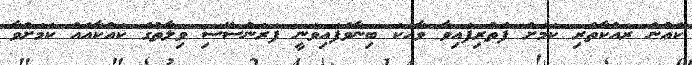
ކެއުން ރައްކާތެރި ކަމަށް ފެތުރިފައިވާ ވާހަކަ ބިނާވެފައިވަނީ ފަރަންސޭސި ވިލާތުގެ ކައްކާއެއް ކަމަށްވާ